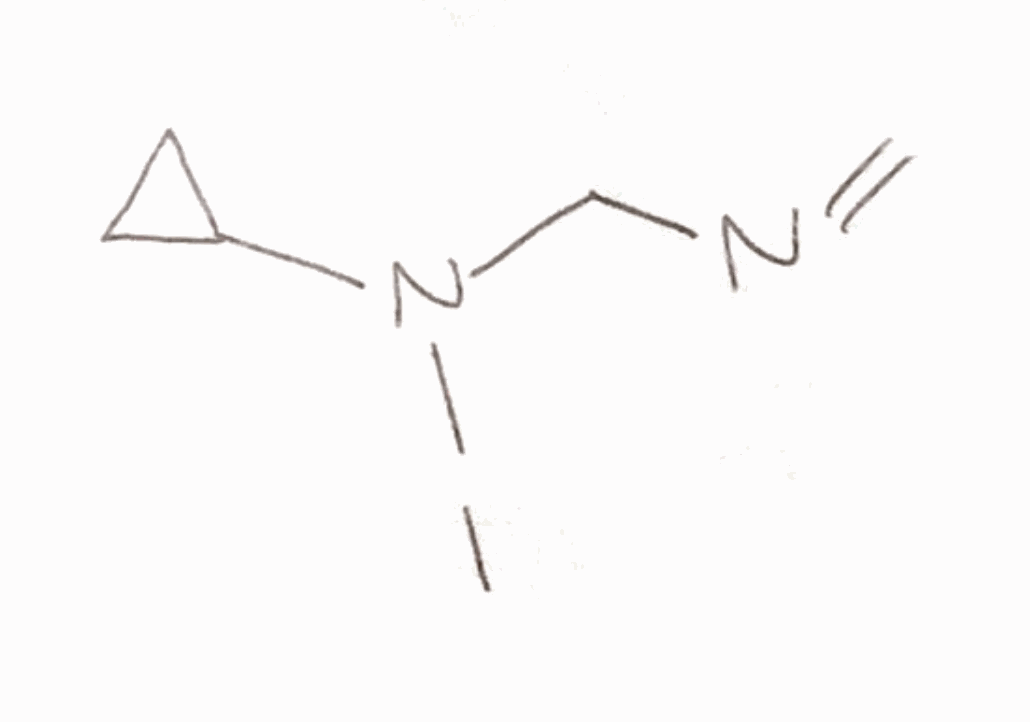
Simplified molecular-input line-entry system (SMILES) notation of the given molecule:
C=NCN(C1CC1)I